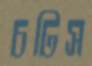
চটিস